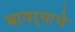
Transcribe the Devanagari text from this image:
बावऱ्याचे